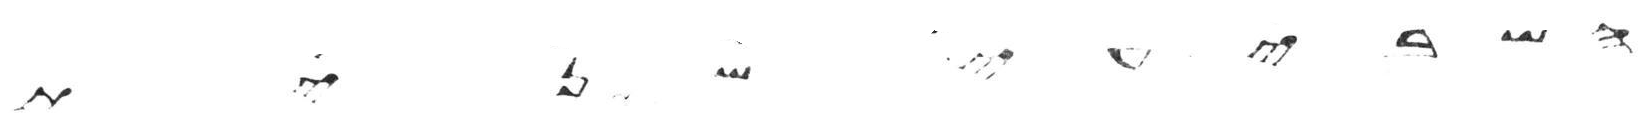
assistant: השביעי שנית